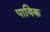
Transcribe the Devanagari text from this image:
पायिक